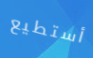
أستطيع